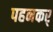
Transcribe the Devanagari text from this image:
पहनकर्